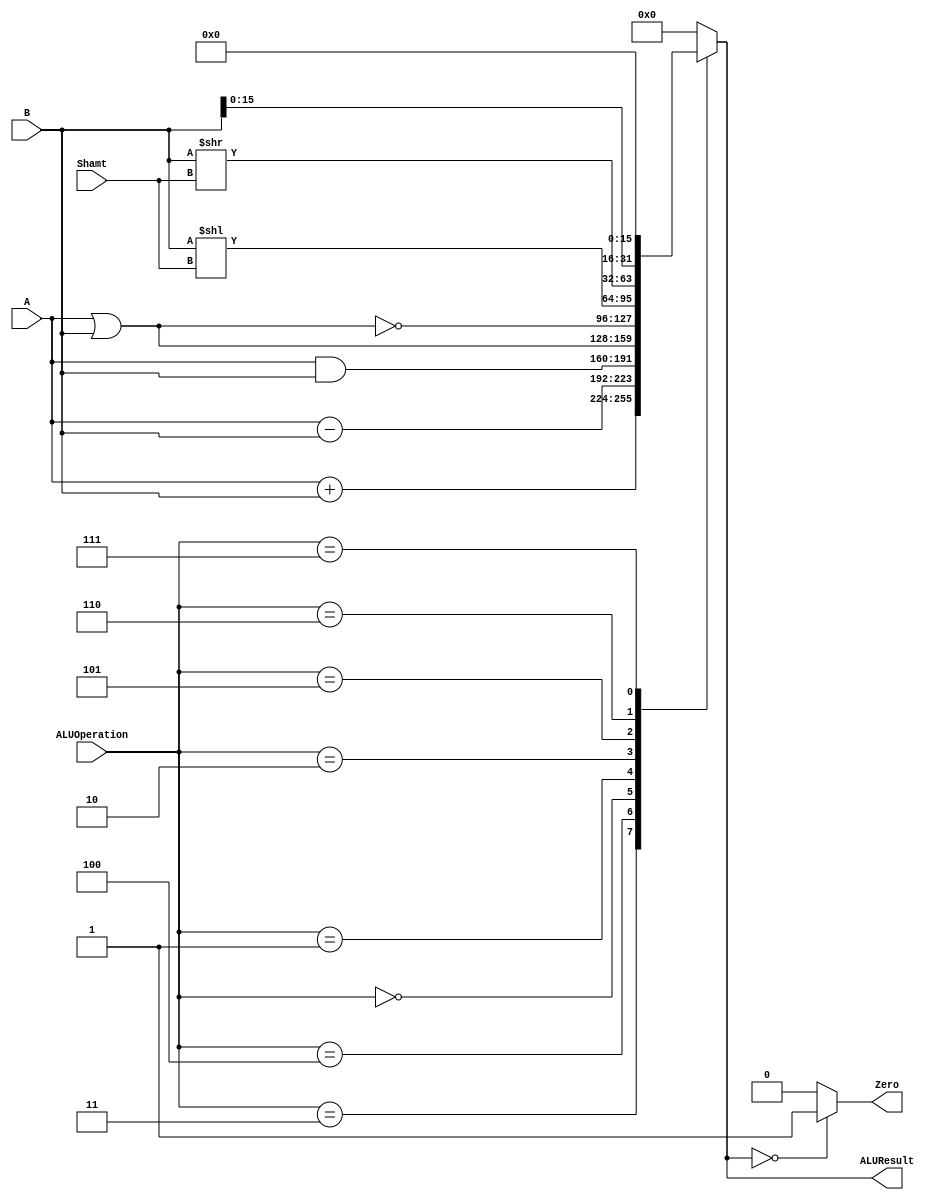
/******************************************************************
* Description
*	This is an 32-bit arithetic logic unit that can execute the next set of operations:
*		add
*		sub
*		or
*		and
*		nor
* This ALU is written by using behavioral description.
* Version:
*	1.0
* Author:
*	Dr. Jos Luis Pizano Escalante
* email:
*	luispizano@iteso.mx
* Date:
*	01/03/2014
******************************************************************/
/*
 add, Luis R
 addi,Luis I
 sub, Luis 		R
 or, 	Luis	R
 ori, Luis
 and, Luis
 andi,Luis
 lui, Luis
 sll, Luis
 srl, Luis
 nor, Luis
 lw, 
 sw,
 beq, hacer
 bne, hacer
 j,
 jal, 
 jr
 
 
*/

module ALU 
(
	input [3:0] ALUOperation,
	input [31:0] A,
	input [31:0] B,
	output reg Zero,
	
	input [4:0] Shamt,
	
	output reg [31:0]ALUResult
);
localparam AND = 4'b0000;
localparam OR  = 4'b0001;
localparam NOR = 4'b0010;
localparam ADD = 4'b0011;
localparam SUB = 4'b0100;
localparam SLL = 4'b0101;
localparam SRL = 4'b0110;
localparam LUI = 4'b0111;
localparam BNE = 4'b0100;
localparam BEQ = 4'b0100;

localparam LW	= 4'b0011;
localparam SW	= 4'b0011;


   
   always @ (A or B or ALUOperation)
     begin
		case (ALUOperation)
		  ADD: // add
			ALUResult=A + B;
		  SUB: // sub
			ALUResult=A - B;
		  AND: // and
			ALUResult= A & B; 
		  OR: // or
			ALUResult= A | B;
		  NOR: // or
			ALUResult= ~(A|B);
		  SLL:	//shift left logical
			ALUResult= B<<Shamt;
		  SRL:	//shift right logical
			ALUResult= B>>Shamt;
			LUI:
			ALUResult={B[15:0], 16'b0};
		default:
			ALUResult= 0;
		endcase // case(control)
		Zero = (ALUResult==0) ? 1'b1 : 1'b0;
     end // always @ (A or B or control)
endmodule // ALU